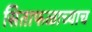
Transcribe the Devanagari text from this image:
सिताफळाच्याच